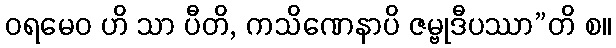
ဝရမေဝ ဟိ သာ ပီတိ, ကသိဏေနာပိ ဇမ္ဗုဒီပဿာ”တိ စ။